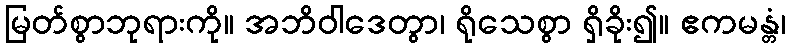
မြတ်စွာဘုရားကို။ အဘိဝါဒေတွာ၊ ရိုသေစွာ ရှိခိုး၍။ ဧကမန္တံ၊